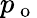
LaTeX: p_{\mathrm{~o~}}